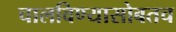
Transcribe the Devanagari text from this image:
चालविण्यासोबतच